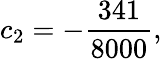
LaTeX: c_{2}=-{\frac{341}{8000}},